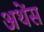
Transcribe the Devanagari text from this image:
अथेंस